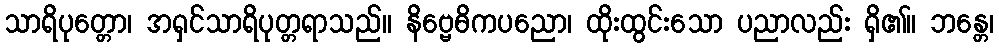
သာရိပုတ္တော၊ အရှင်သာရိပုတ္တရာသည်။ နိဗ္ဗေဓိကပညော၊ ထိုးထွင်းသော ပညာလည်း ရှိ၏။ ဘန္တေ၊